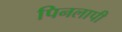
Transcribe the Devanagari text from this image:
पिनलापी